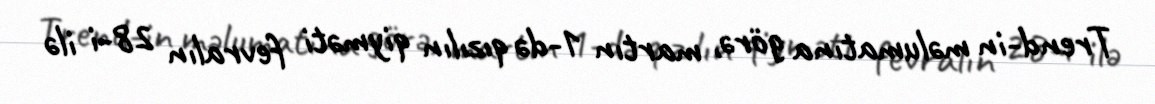
Trend-in məlumatına görə, martın 1-də qızılın qiyməti fevralın 28-i ilə